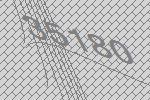
35180